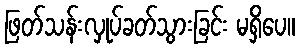
ဖြတ်သန်းလှုပ်ခတ်သွားခြင်း မရှိပေ။